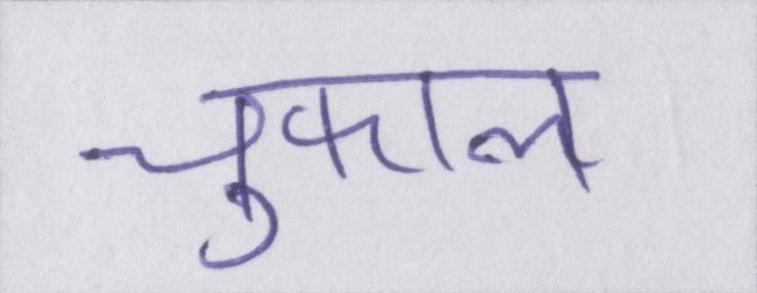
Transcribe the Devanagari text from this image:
चुफाल